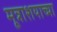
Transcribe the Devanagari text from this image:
मूत्राशयाच्या